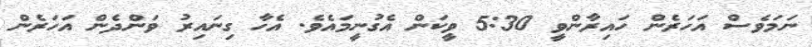
ނަމަވެސް އަހަރެން ހައިރާންވީ 5:30 ވީކަން އެގުނީމައެވެ. އެހާ ގިނައިރު ވަންދެން އަހަރެން